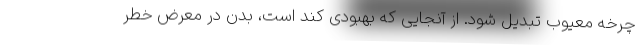
چرخه معیوب تبدیل شود. از آنجایی که بهبودی کند است، بدن در معرض خطر